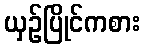
ယှဉ်ပြိုင်ကစား